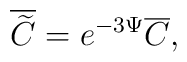
\overline{\widetilde{C}}=e^{-3\Psi }\overline{C},